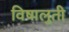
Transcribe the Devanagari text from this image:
विषालुती